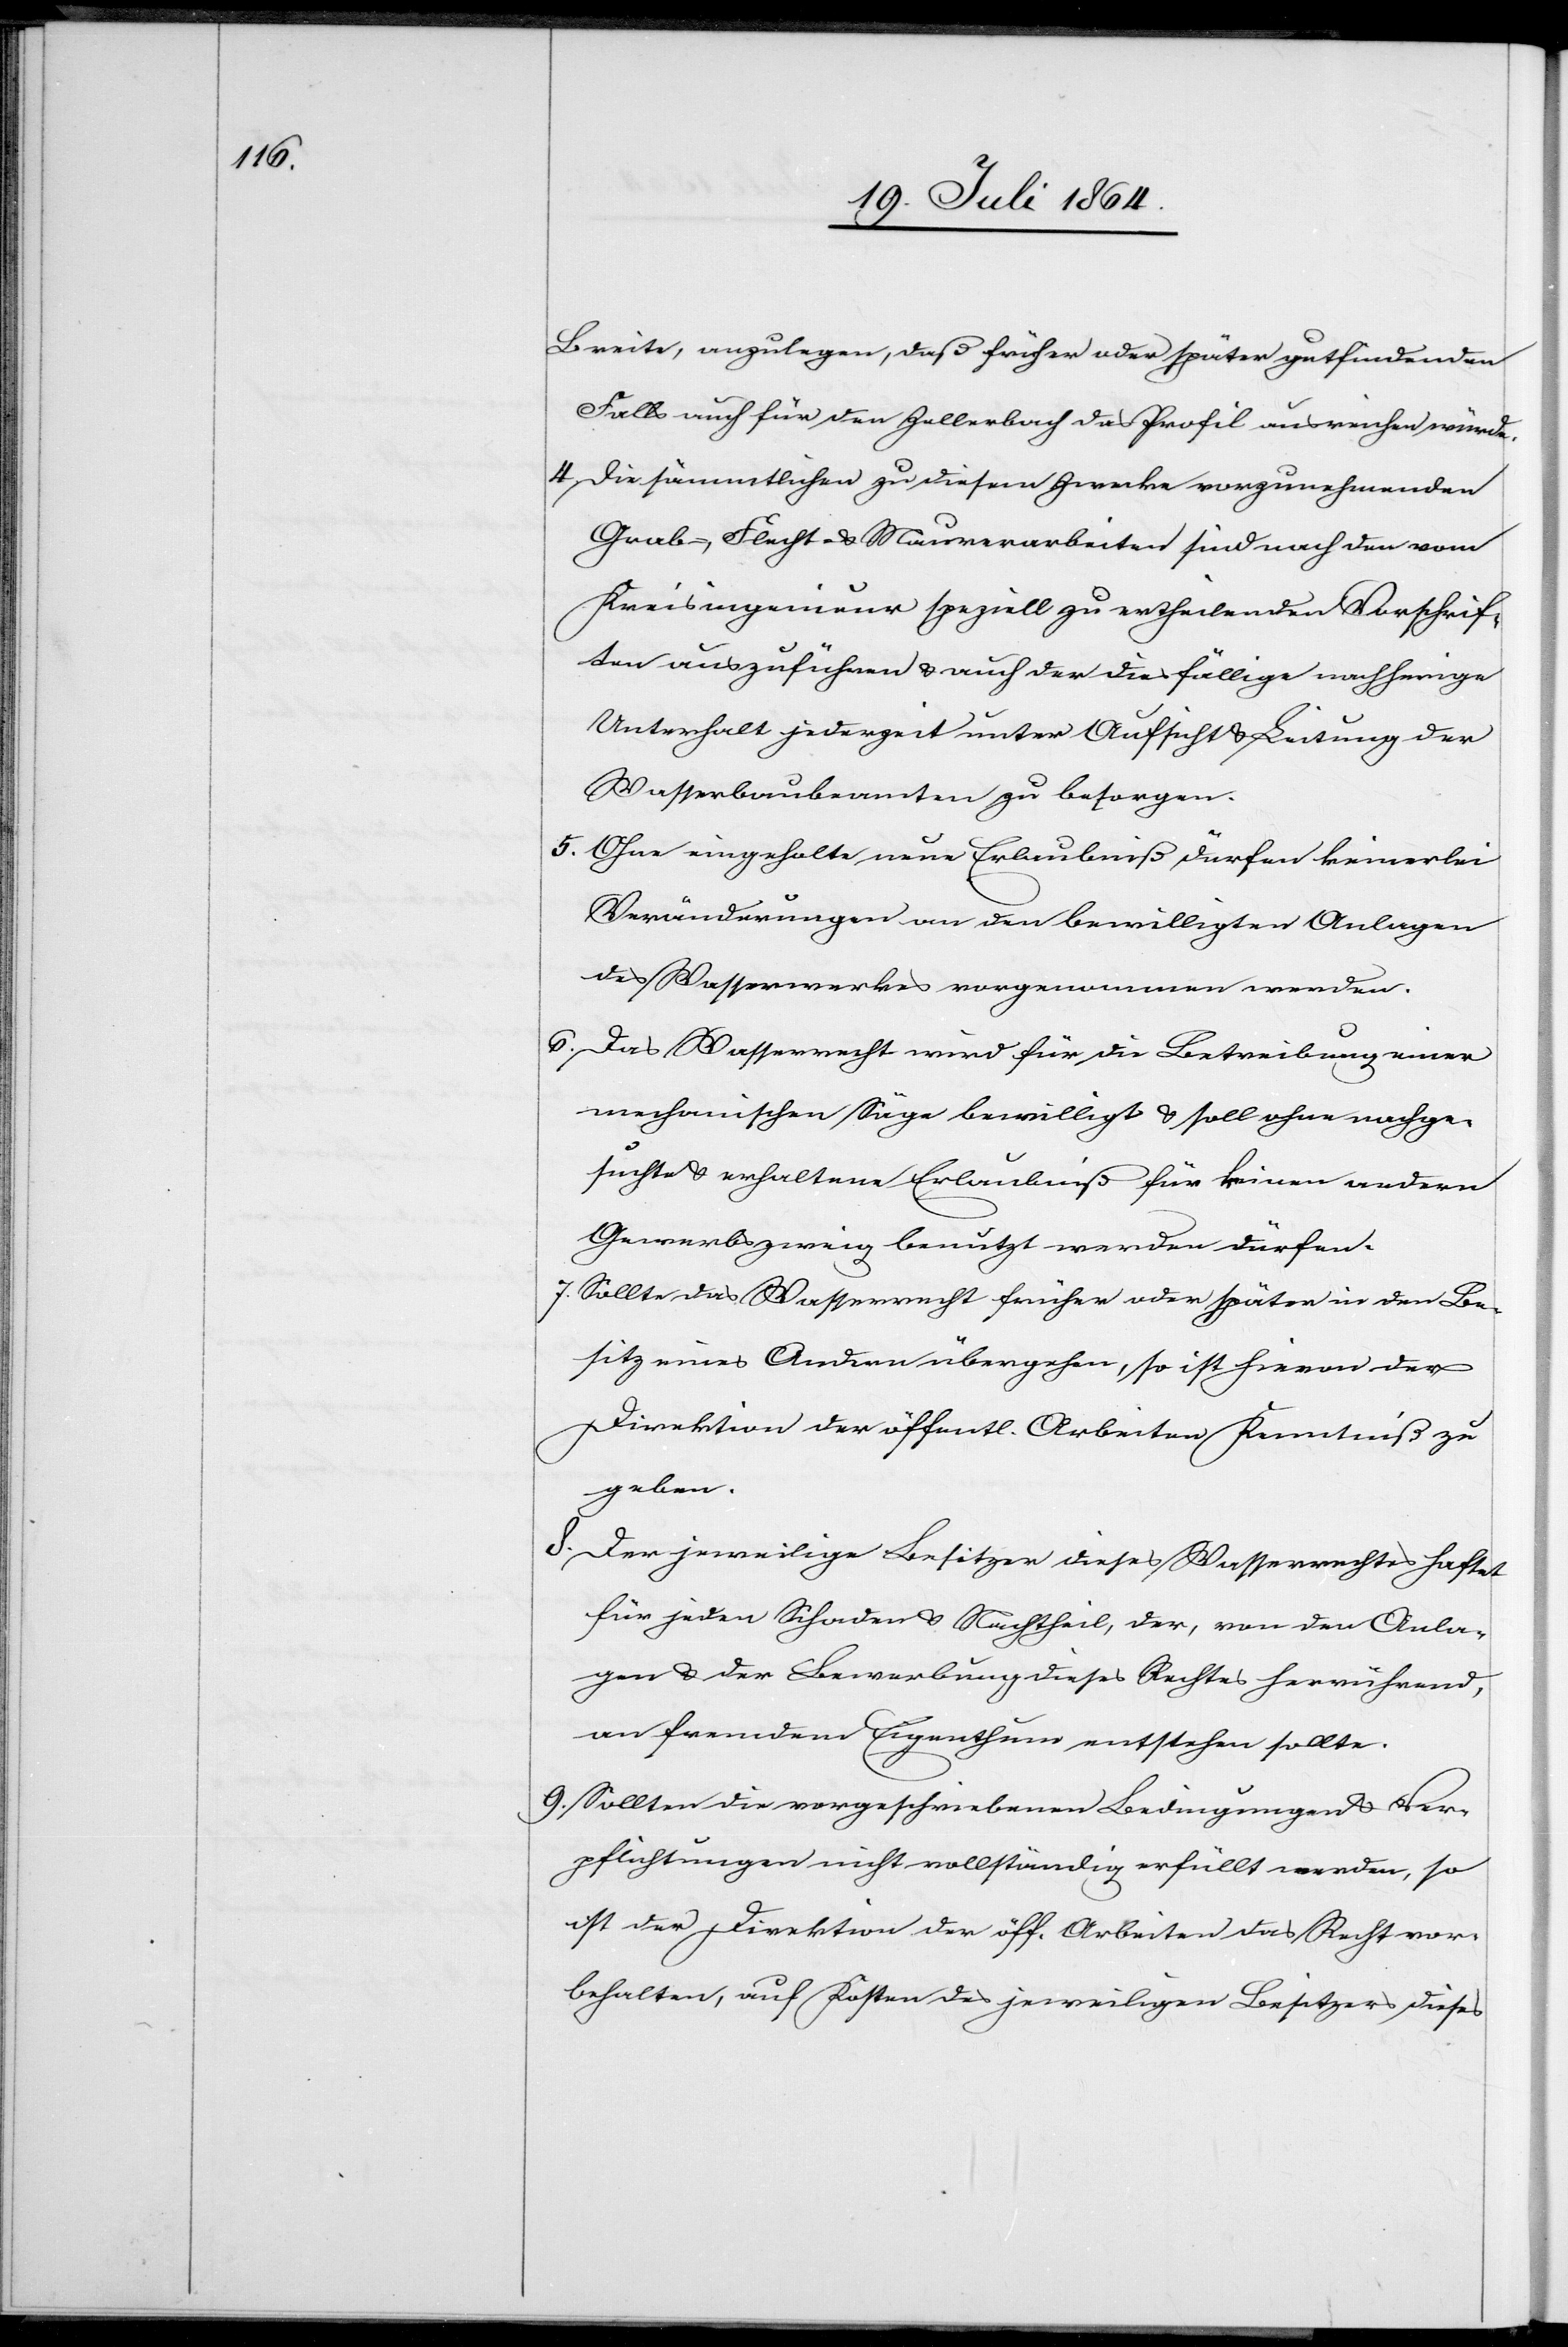
Breite, anzulegen, daß früher oder später gutfindenden
Falls auch für den Zellerbach das Profil ausreichen würde.
4. Die sämmtlichen zu diesem Zwecke vorzunehmenden
Grab-, Flucht- u. Maurerarbeiten sind nach den vom
Kreisingenieur speziell zu ertheilenden Vorschrif¬
ten auszuführen u. auch der diesfällige nachherige
Unterhalt jederzeit unter Aufsicht u. Leitung der
Wasserbaubeamten zu besorgen.
5. Ohne eingeholte neue Erlaubniß dürfen keinerlei
Veränderungen an den bewilligten Anlagen
des Wasserwerkes vorgenommen werden.
6. Das Wasserrecht wird für die Betreibung einer
mechanischen Säge bewilligt u. soll ohne nachge¬
suchte u. erhaltene Erlaubniß für keinen andern
Gewerbszweig benutzt werden dürfen.
7. Sollte das Wasserrecht früher oder später in den Be¬
sitz eines Andern übergehen, so ist hievon der
Direktion der öffentl. Arbeiten Kenntniß zu
geben.
8. Der jeweilige Besitzer dieses Wasserrechtes haftet
für jeden Schaden u. Nachtheil, der, von den Anla¬
gen u. der Bewerbung dieses Rechtes herrührend,
an fremdem Eigenthum entstehen sollte.
9. Sollten die vorgeschriebenen Bedingungen u. Ver¬
pflichtungen nicht vollständig erfüllt werden, so
ist der Direktion der öff. Arbeiten das Recht vor¬
behalten, auf Kosten des jeweiligen Besitzers dieses